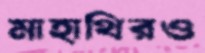
মাহাথিরও